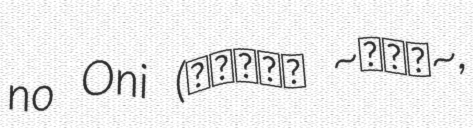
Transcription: no Oni (大魔獣激闘 ~鋼の鬼~,